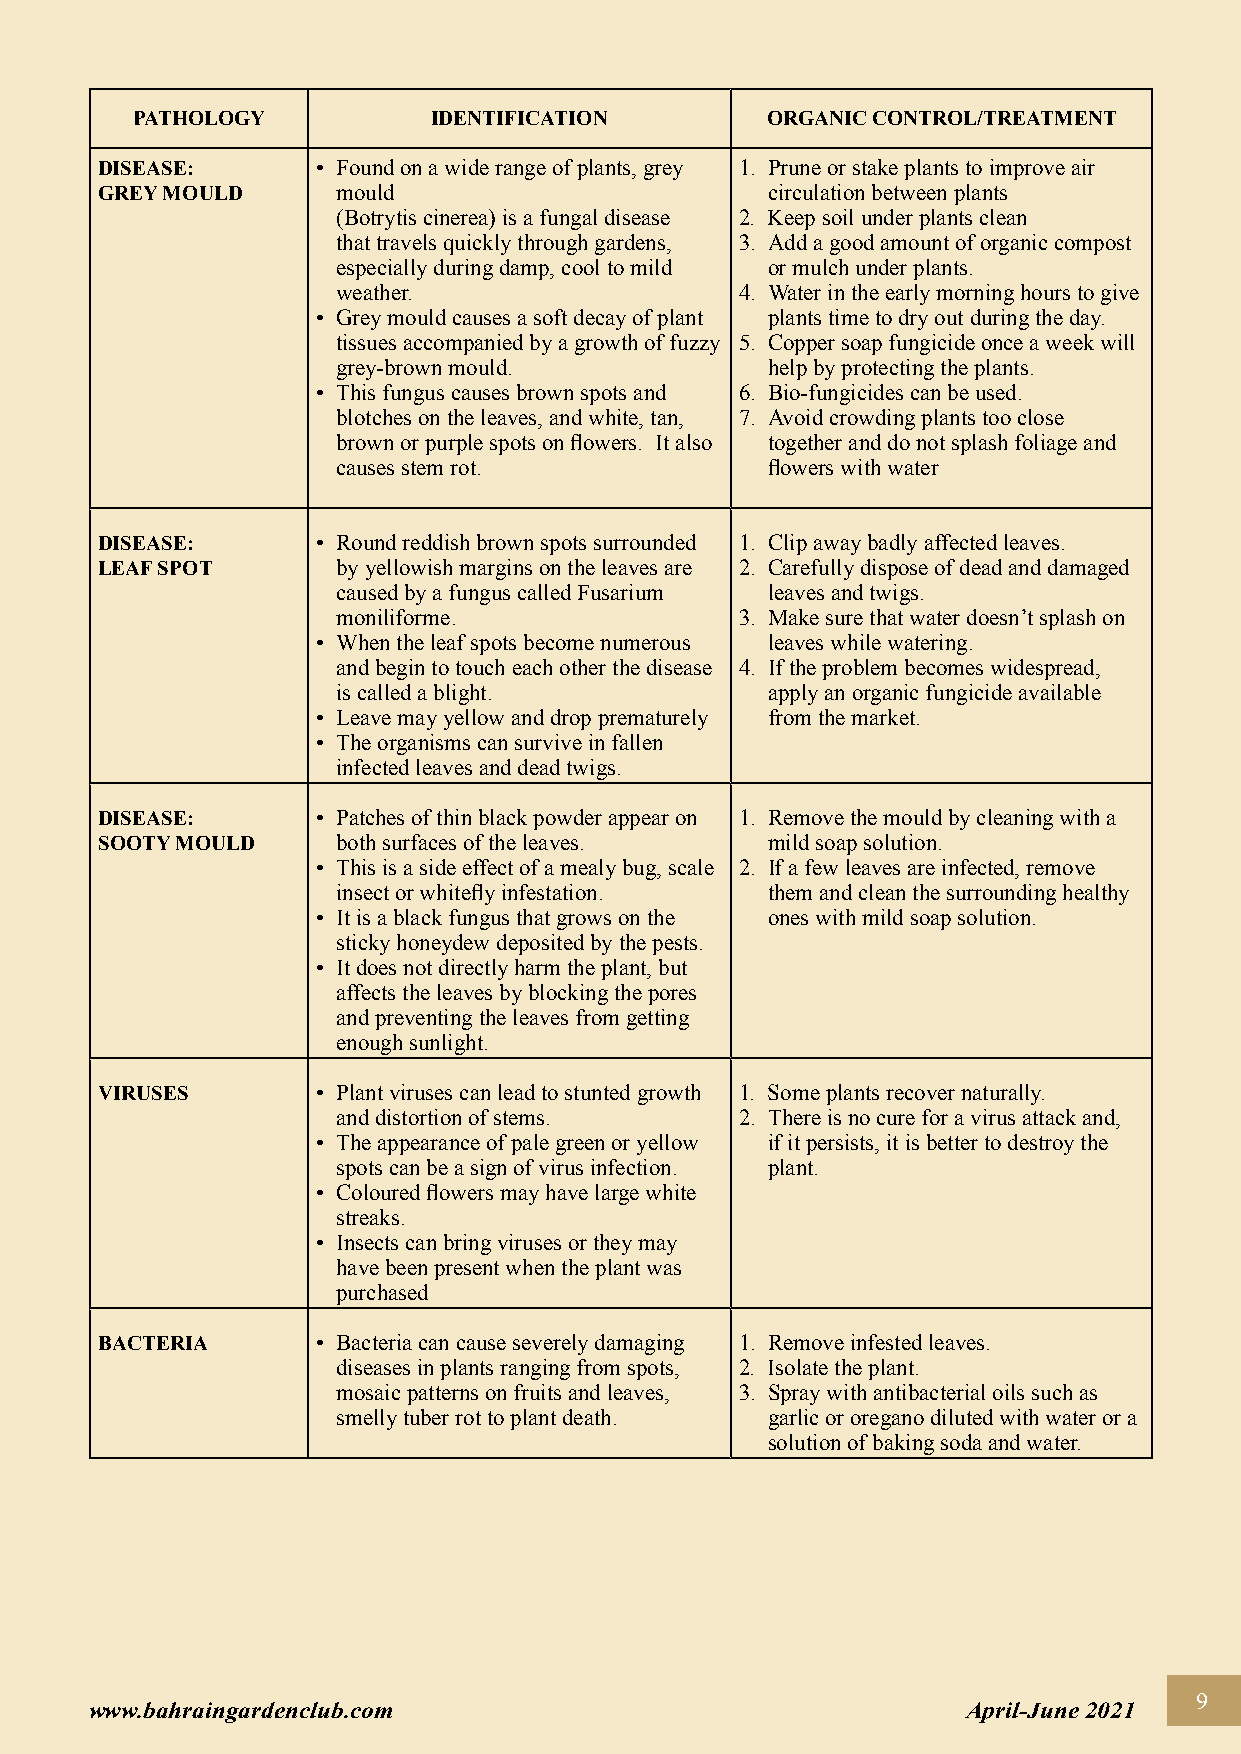
PATHOLOGY           IDENTIFICATION        ORGANIC CONTROL/TREATMENT
 DISEASE:       • Found on a wide range of plants, grey 1. Prune or stake plants to improve air
 GREY MOULD      mould                        circulation between plants
 (Botrytis cinerea) is a fungal disease 2. Keep soil under plants clean
 that travels quickly through gardens, 3. Add a good amount of organic compost
 especially during damp, cool to mild or mulch under plants.
 weather.                   4. Water in the early morning hours to give
 • Grey mould causes a soft decay of plant plants time to dry out during the day.
 tissues accompanied by a growth of fuzzy 5. Copper soap fungicide once a week will
 grey-brown mould.            help by protecting the plants.
 • This fungus causes brown spots and 6. Bio-fungicides can be used.
 blotches on the leaves, and white, tan, 7. Avoid crowding plants too close
 brown or purple spots on flowers. It also together and do not splash foliage and
 causes stem rot.             flowers with water
 DISEASE:       • Round reddish brown spots surrounded 1. Clip away badly affected leaves.
 LEAF SPOT       by yellowish margins on the leaves are 2. Carefully dispose of dead and damaged
 caused by a fungus called Fusarium leaves and twigs.
 moniliforme.               3. Make sure that water doesn’t splash on
 • When the leaf spots become numerous leaves while watering.
 and begin to touch each other the disease 4. If the problem becomes widespread,
 is called a blight.          apply an organic fungicide available
 • Leave may yellow and drop prematurely from the market.
 • The organisms can survive in fallen
 infected leaves and dead twigs.
 DISEASE:       • Patches of thin black powder appear on 1. Remove the mould by cleaning with a
 SOOTY MOULD     both surfaces of the leaves. mild soap solution.
 • This is a side effect of a mealy bug, scale 2. If a few leaves are infected, remove
 insect or whitefly infestation. them and clean the surrounding healthy
 • It is a black fungus that grows on the ones with mild soap solution.
 sticky honeydew deposited by the pests.
 • It does not directly harm the plant, but
 affects the leaves by blocking the pores
 and preventing the leaves from getting
 enough sunlight.
 VIRUSES        • Plant viruses can lead to stunted growth 1. Some plants recover naturally.
 and distortion of stems.   2. There is no cure for a virus attack and,
 • The appearance of pale green or yellow if it persists, it is better to destroy the
 spots can be a sign of virus infection. plant.
 • Coloured flowers may have large white
 streaks.
 • Insects can bring viruses or they may
 have been present when the plant was
 purchased
 BACTERIA       • Bacteria can cause severely damaging 1. Remove infested leaves.
 diseases in plants ranging from spots, 2. Isolate the plant.
 mosaic patterns on fruits and leaves, 3. Spray with antibacterial oils such as
 smelly tuber rot to plant death. garlic or oregano diluted with water or a
 solution of baking soda and water.
 9
 www.bahraingardenclub.com                                 April-June 2021